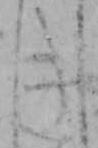
き